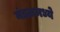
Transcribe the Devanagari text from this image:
मंडळमध्ये